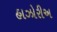
હાઝોરીઅ